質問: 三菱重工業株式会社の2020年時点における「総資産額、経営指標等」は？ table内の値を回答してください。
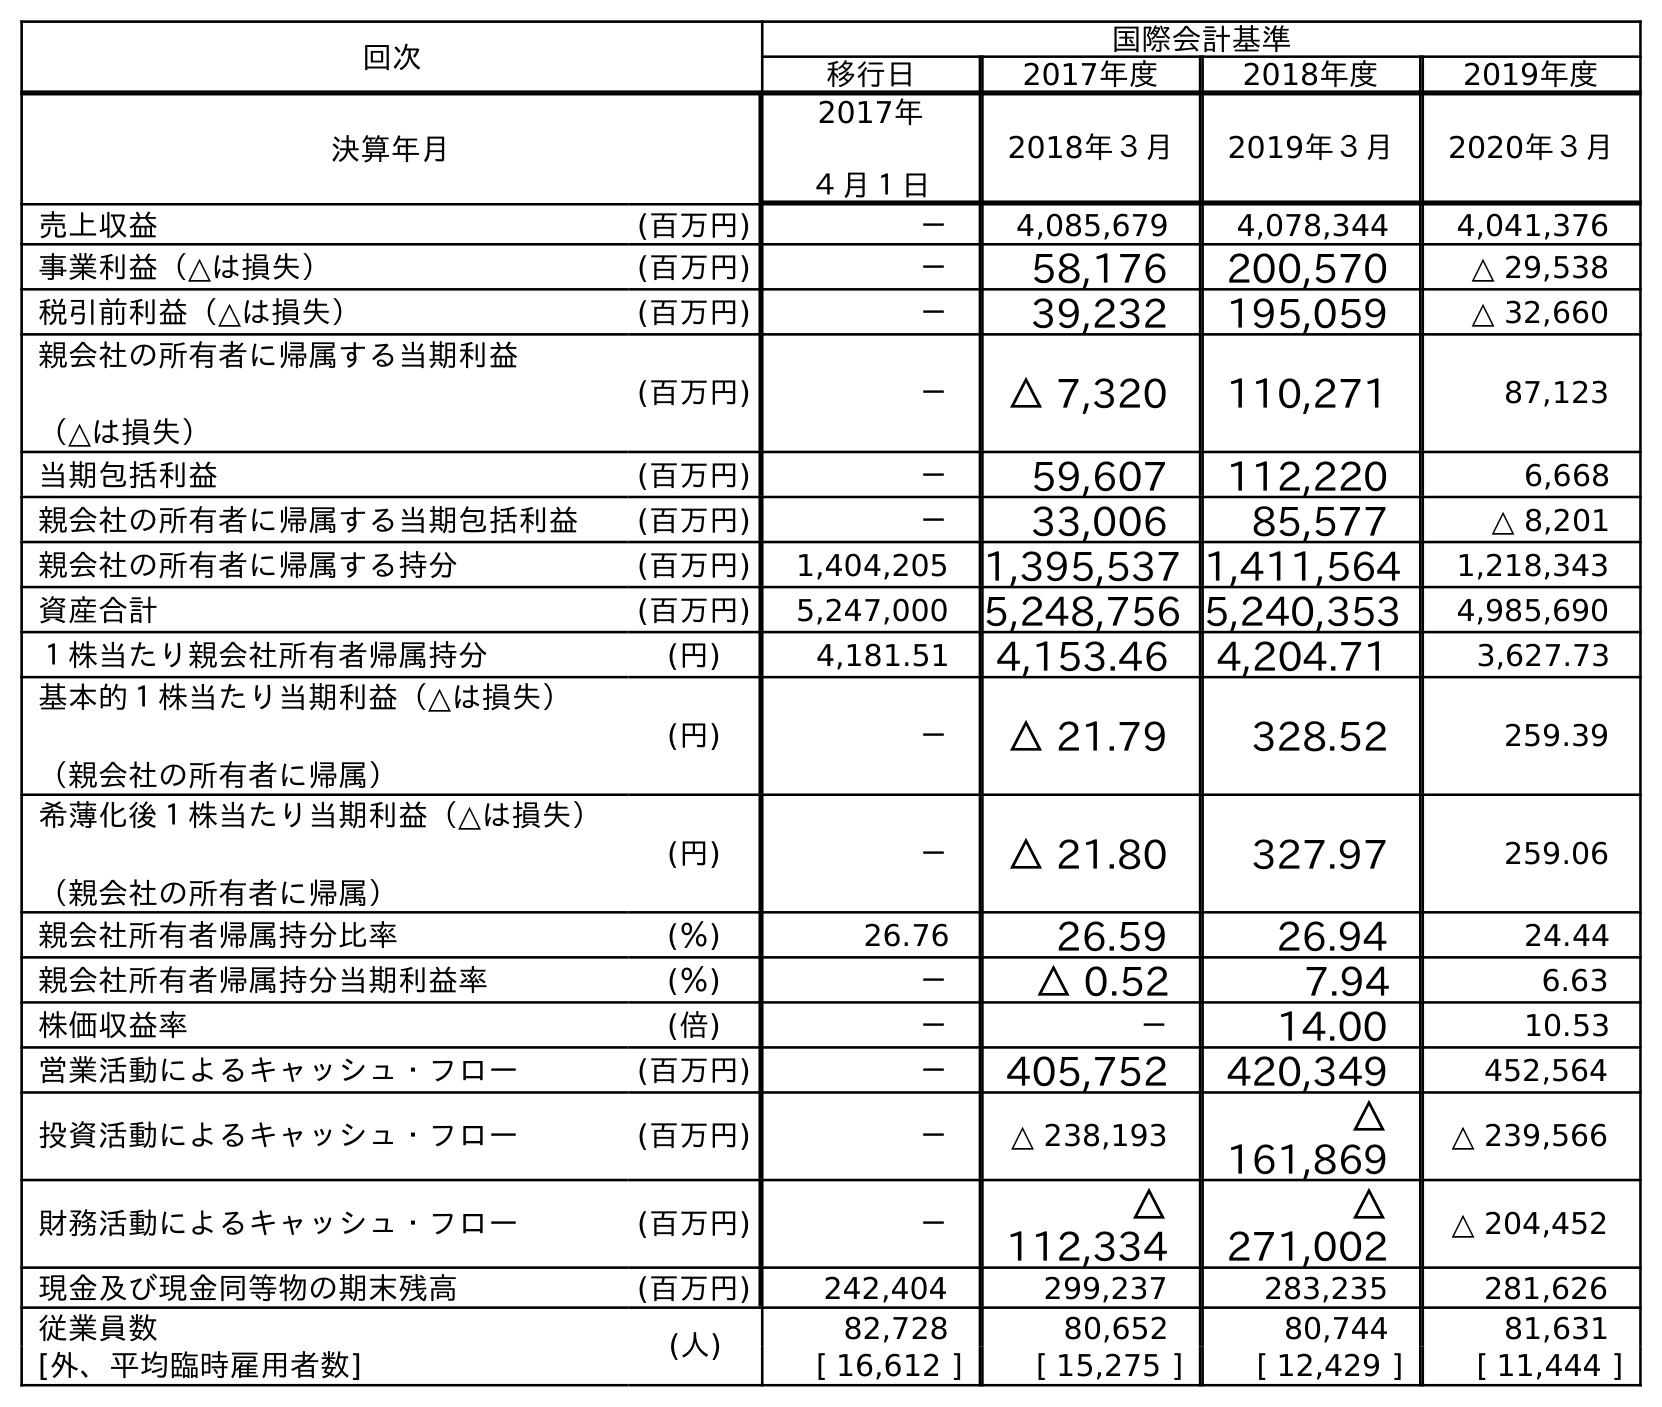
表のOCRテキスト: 回次 国際会計基準 移行日 2017年度 2018年度 2019年度 決算年月 2017年 ４月１日 2018年３月 2019年３月 2020年３月 売上収益 (百万円) － 4,085,679 4,078,344 4,041,376 事業利益（△は損失） (百万円) － 58,176 200,570 △ 29,538 税引前利益（△は損失） (百万円) － 39,232 195,059 △ 32,660 親会社の所有者に帰属する当期利益 （△は損失） (百万円) － △ 7,320 110,271 87,123 当期包括利益 (百万円) － 59,607 112,220 6,668 親会社の所有者に帰属する当期包括利益 (百万円) － 33,006 85,577 △ 8,201 親会社の所有者に帰属する持分 (百万円) 1,404,205 1,395,537 1,411,564 1,218,343 資産合計 (百万円) 5,247,000 5,248,756 5,240,353 4,985,690 １株当たり親会社所有者帰属持分 (円) 4,181.51 4,153.46 4,204.71 3,627.73 基本的１株当たり当期利益（△は損失） （親会社の所有者に帰属） (円) － △ 21.79 328.52 259.39 希薄化後１株当たり当期利益（△は損失） （親会社の所有者に帰属） (円) － △ 21.80 327.97 259.06 親会社所有者帰属持分比率 (％) 26.76 26.59 26.94 24.44 親会社所有者帰属持分当期利益率 (％) － △ 0.52 7.94 6.63 株価収益率 (倍) － － 14.00 10.53 営業活動によるキャッシュ・フロー (百万円) － 405,752 420,349 452,564 投資活動によるキャッシュ・フロー (百万円) － △ 238,193 △ 161,869 △ 239,566 財務活動によるキャッシュ・フロー (百万円) － △ 112,334 △ 271,002 △ 204,452 現金及び現金同等物の期末残高 (百万円) 242,404 299,237 283,235 281,626 従業員数 (人) 82,728 80,652 80,744 81,631 [外、平均臨時雇用者数] [ 16,612 ] [ 15,275 ] [ 12,429 ] [ 11,444 ]
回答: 4,985,690